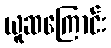
ယူဆကြောင်း